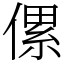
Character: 傫